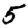
Digit: 5